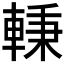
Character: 𰹖